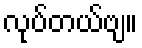
လုပ်တယ်ဗျ။